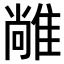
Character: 𨿰